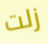
زلت